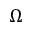
\Omega